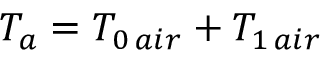
T _ { a } = T _ { 0 \, a i r } + T _ { 1 \, a i r }